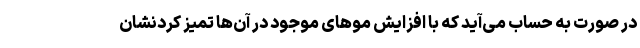
در صورت به حساب می‌آید که با افزایش موهای موجود در آن‌ها تمیز کردنشان